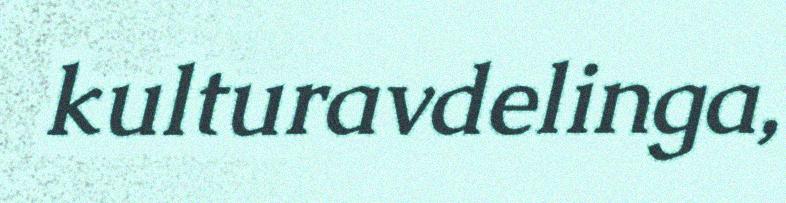
kulturavdelinga,